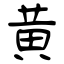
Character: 黄